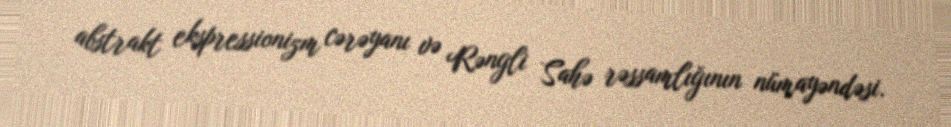
abstrakt ekspressionizm cərəyanı və Rəngli Sahə rəssamlığının nümayəndəsi.